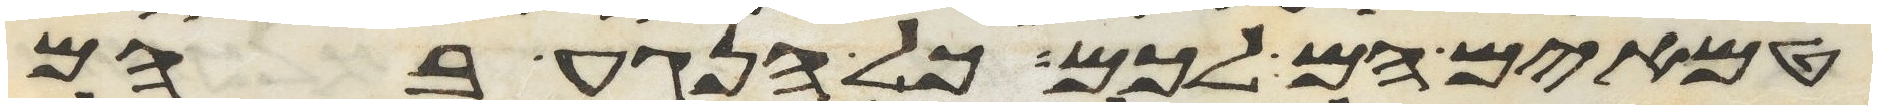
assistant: טמאים הם לכם כל הנגע בהם